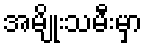
အမျိုးသမီးမှာ